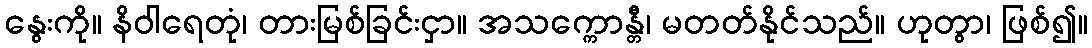
နွေးကို။ နိဝါရေတုံ၊ တားမြစ်ခြင်းငှာ။ အသက္ကောန္တီ၊ မတတ်နိုင်သည်။ ဟုတွာ၊ ဖြစ်၍။